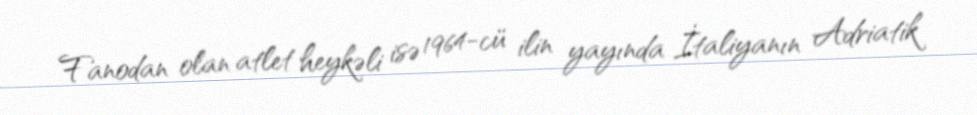
Fanodan olan atlet heykəli isə 1964-cü ilin yayında İtaliyanın Adriatik